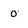
Character: 0